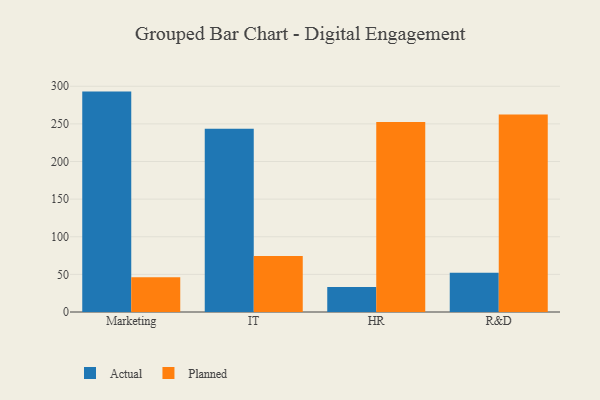
{"axis": {"x": "Department", "y": "Revenue (USD Million)"}, "legend": ["Actual", "Planned"], "data": [{"x": "Marketing", "y": 292.9, "type": "Actual"}, {"x": "Marketing", "y": 46.1, "type": "Planned"}, {"x": "IT", "y": 243.5, "type": "Actual"}, {"x": "IT", "y": 74.3, "type": "Planned"}, {"x": "HR", "y": 33.1, "type": "Actual"}, {"x": "HR", "y": 252.4, "type": "Planned"}, {"x": "R&D", "y": 52.2, "type": "Actual"}, {"x": "R&D", "y": 262.4, "type": "Planned"}]}